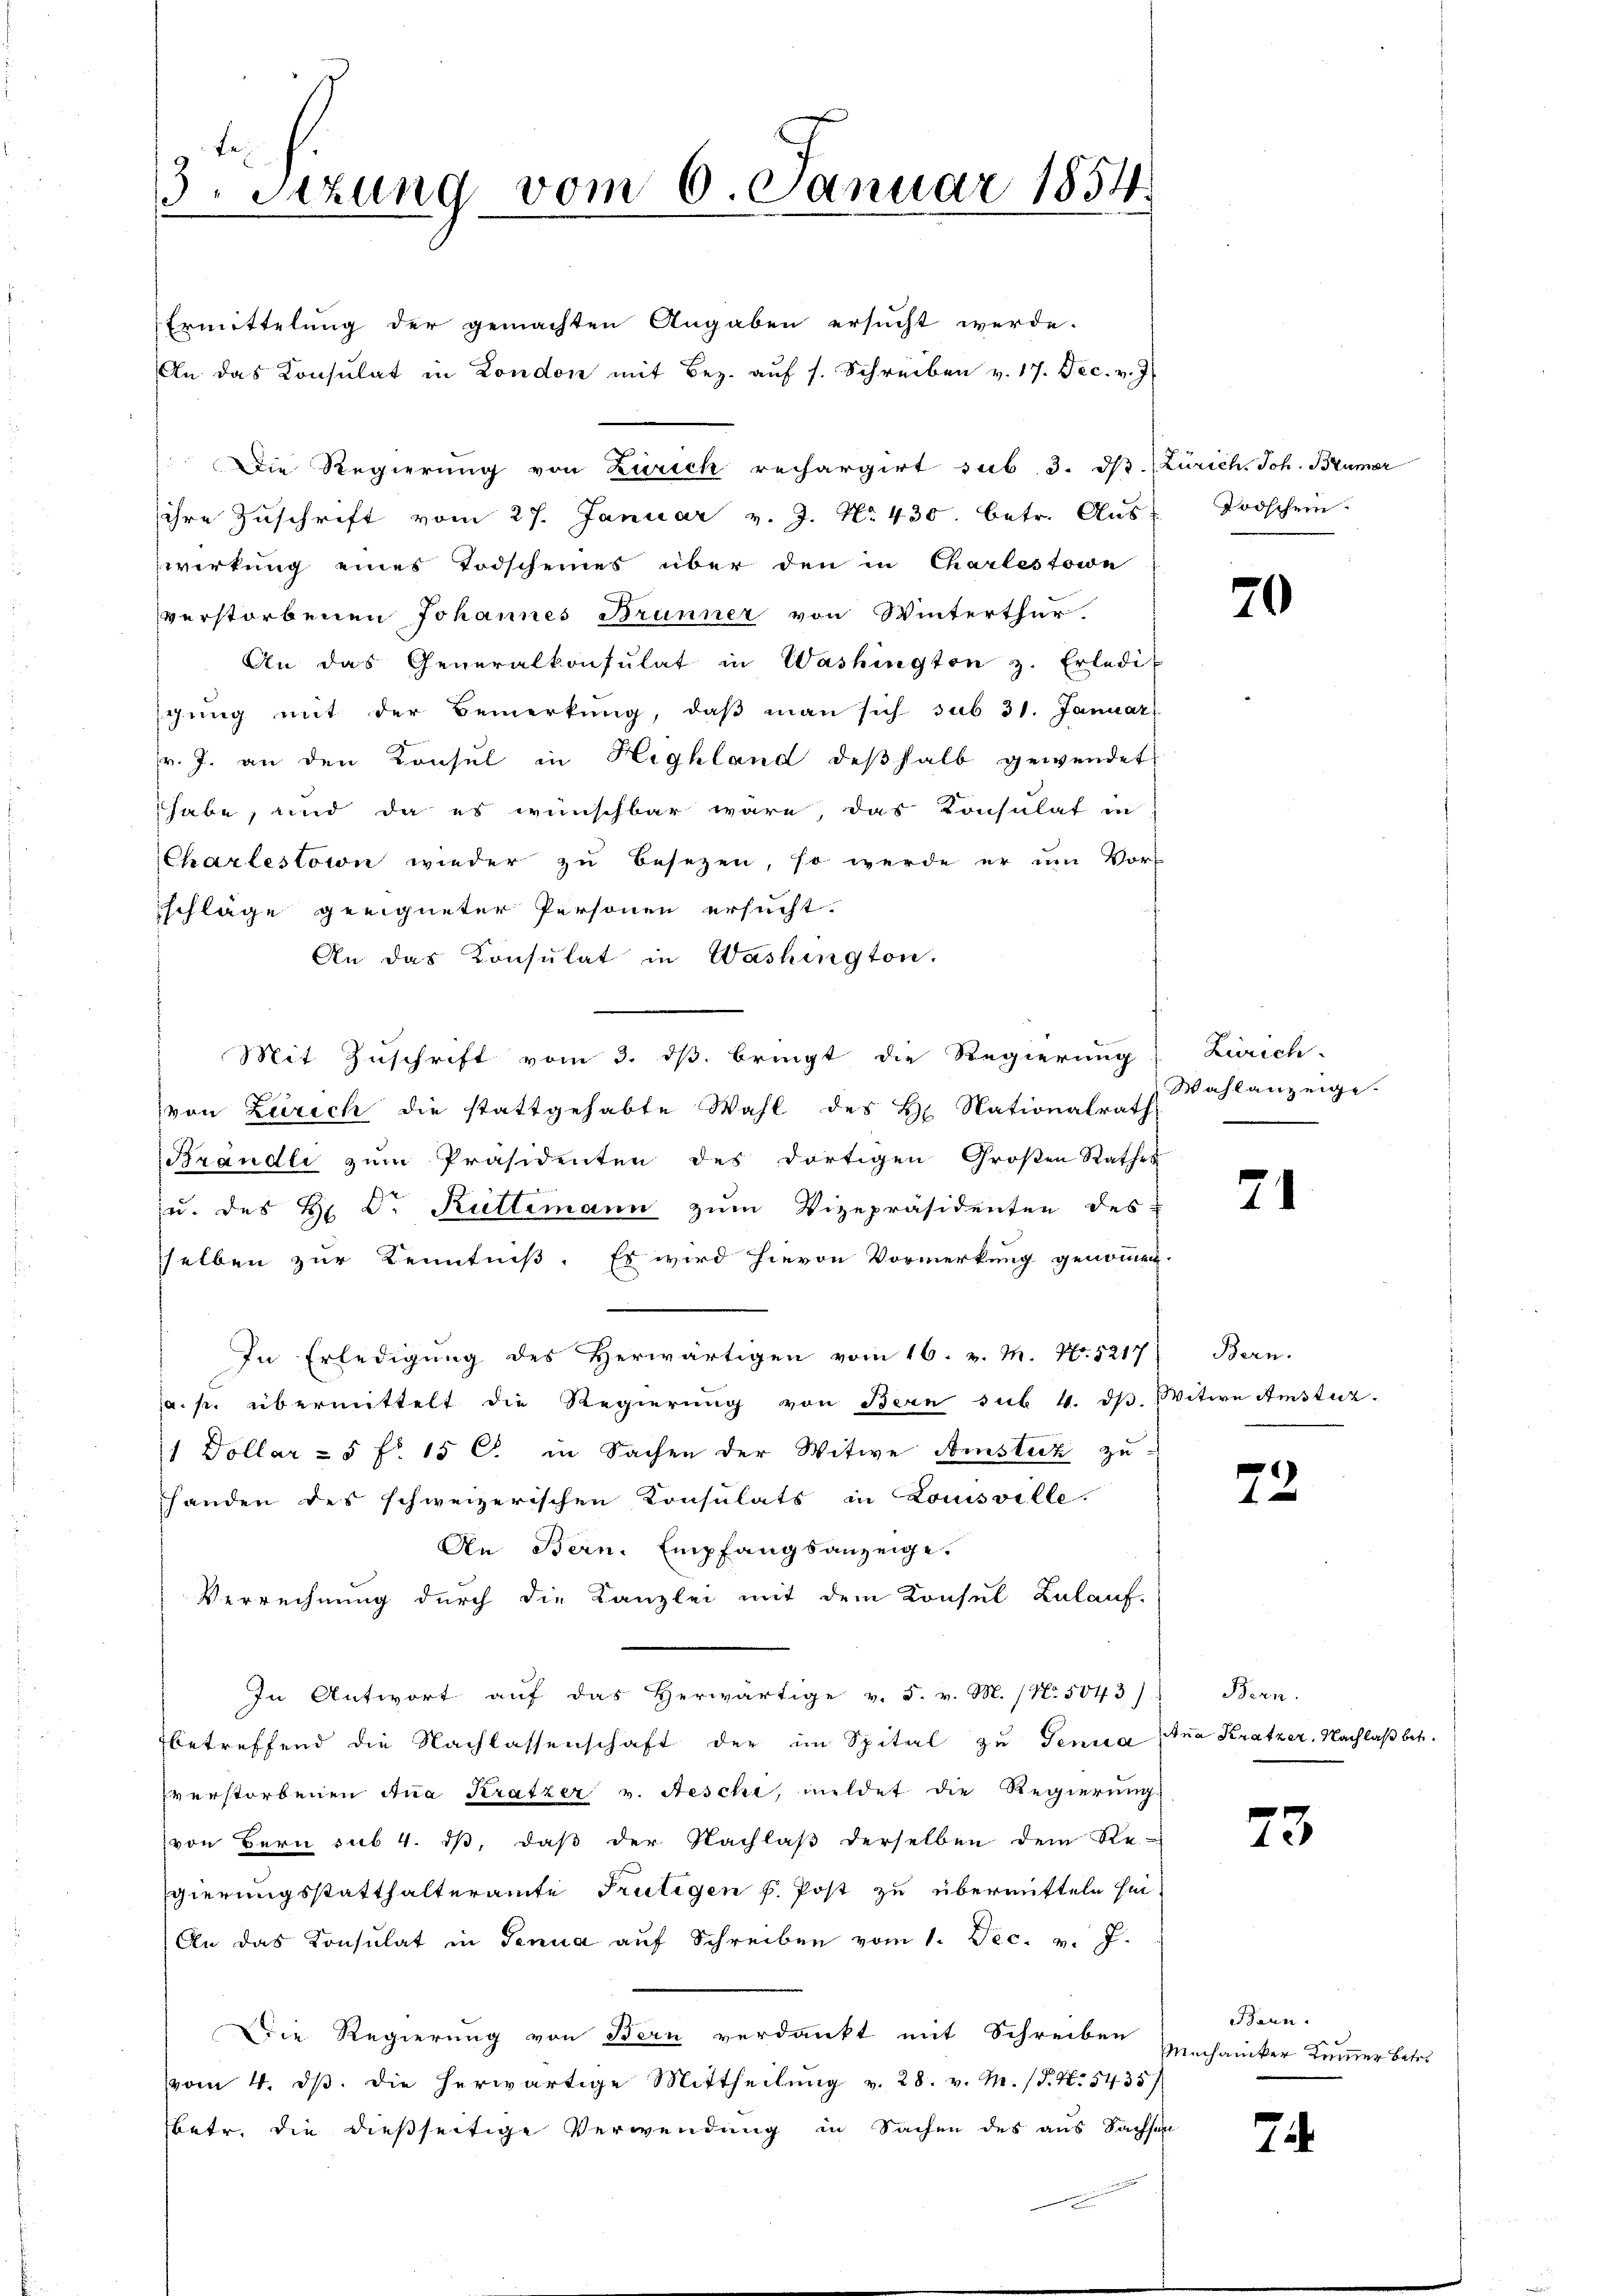
3. Sizung vom 6. Januar 1854

Ermittelung der gemachten Angaben ersucht werde.
An das Konsulat in London mit Bez. aŭf s. Schreiben v. 17. Dec. v. J
Die Regierung von Zürich rechargirt sub 3. dβ. Zürich. Joh. Brümer
ihre Zuschrift vom 27. Januar v. J. No. 430. betr. Aus
wirkung eines Todscheines über den in Charlestowe
verstorbenen Johannes Brunner von Winterthur.
An das Generalkonsulat in Washington z. Erledi-
gŭng mit der Bemerkŭng, daβ man sich sub 31. Januar
r. J. an den Konsul in Highland deßhalb gewendet
habe, und da es wünschbar wäre, das Konsulat in
Charlestorn wieder zu besezen, so werde er um Vor-
schläge geeigneter Personen ersucht.
An das Konsulat in Washington.
Mit Zuschrift vom 3. ds. bringt die Regierung
von Zürich die stattgehabte Wahl des Hr. Nationalrath
Brandli zum Präsidenten des dortigen Großen Rathes
u. des Hr. Dr. Kultimann zum Vizepräsidenten des
sselben zur Kenntniß. Es wird hievon Vormerkung genommen.
In Erledigung des Herwärtigen vom 16. v. M. N. 5217
a. p. übermittelt die Regierŭng von Bern sub. 4. dβ. Witwe Amsturz
1 Dollar = 5 f 15 C. in Sachen der Witwe Amsteck zu-
handen des schweizerischen Konsulats in Louisville.
An Bern. Empfangsanzeige.
Verrechnung durch die Kanzlei mit dem Konsul Lulauf-
In Antwort auf das herwärtige v. 5. v. M. (N. 5043).
betreffend die Nachlassenschaft der im Spital zu Genua
verstorbenen Ana Kratzer v. Aeschi, mildet die Regierung
von Bern sub 4. i, daß der Nachlaβ derselben dem Re-
gierungsstatthalteramte Frutigen f. Post zu übermitteln sei.
An das Consulat in Genua aŭf Schreiben vom 1. Dec. v. J.
Die Regierung von Bern verdankt mit Schreiben
vom 4. ds. die herwärtige Mittheilung v. 28. v. M. (T. N. 5435/
betr. die dießseitige Verwendung in Sachen des aus Sachsen

Todschein.

70

Zürich
Wahlanzeige.

21

Bern.

73

Bern.
dna Kratzer, Nachlaß betr.

73

Bern.
Mechaniker Kummer betr.

74